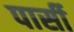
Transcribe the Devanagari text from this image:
पार्सी